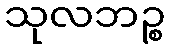
သုလဘဉ္စ